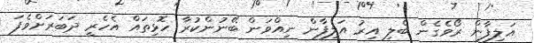
އަލިފާން ރޯވެގެން ބެލި އިރު އަލިފާން ނިއްވަން ބޭނުންކުރާ ހޮޅިތައް އެހެރީ ދަބަރަށްވެފަ